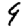
Digit: 9